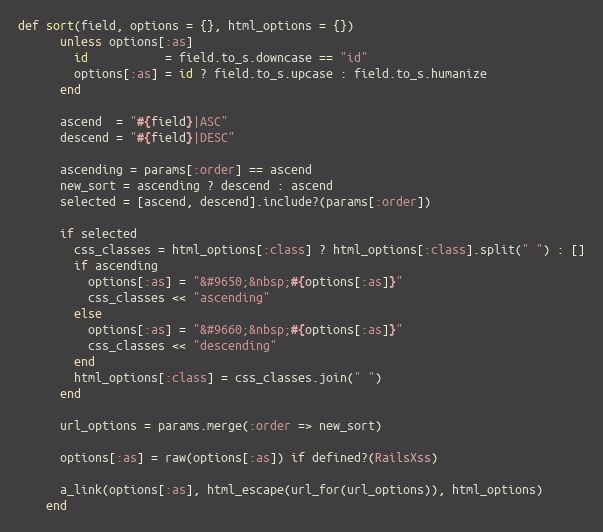
Language: Ruby
def sort(field, options = {}, html_options = {})
      unless options[:as]
        id           = field.to_s.downcase == "id"
        options[:as] = id ? field.to_s.upcase : field.to_s.humanize
      end

      ascend  = "#{field}|ASC"
      descend = "#{field}|DESC"

      ascending = params[:order] == ascend
      new_sort = ascending ? descend : ascend
      selected = [ascend, descend].include?(params[:order])

      if selected
        css_classes = html_options[:class] ? html_options[:class].split(" ") : []
        if ascending
          options[:as] = "&#9650;&nbsp;#{options[:as]}"
          css_classes << "ascending"
        else
          options[:as] = "&#9660;&nbsp;#{options[:as]}"
          css_classes << "descending"
        end
        html_options[:class] = css_classes.join(" ")
      end

      url_options = params.merge(:order => new_sort)

      options[:as] = raw(options[:as]) if defined?(RailsXss)

      a_link(options[:as], html_escape(url_for(url_options)), html_options)
    end